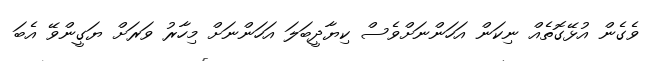
ވެގެން އުޅޭގޮތެއް ނިކަން އަހަންނަށްވެސް ކިޔާދީބަލަ އަހަންނަށް މިހާރު ވަރަށް ޔަގީންވޭ އެބަ